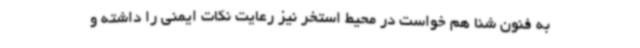
به فنون شنا هم خواست در محیط استخر نیز رعایت نکات ایمنی را داشته و